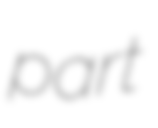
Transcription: part